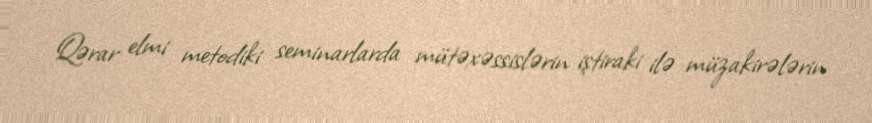
Qərar elmi metodiki seminarlarda mütəxəssislərin iştiraki ilə müzakirələrin